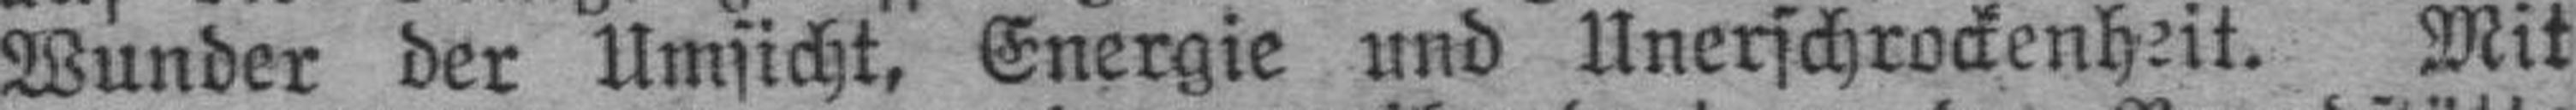
Wunder der Umsicht, Energie und Unerschrockenheit. Mit